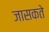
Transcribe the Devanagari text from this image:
जासकते